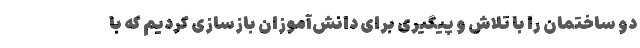
دو ساختمان را با تلاش و پیگیری برای دانش‌آموزان بازسازی کردیم که با